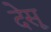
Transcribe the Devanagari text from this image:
देसू